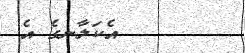
އެކަލާނގެ އެ